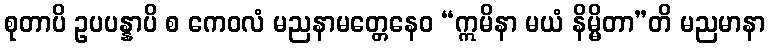
စုတာပိ ဥပပန္နာပိ စ ကေဝလံ မညနာမတ္တေနေဝ “ဣမိနာ မယံ နိမ္မိတာ”တိ မညမာနာ